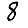
Digit: 8